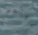
قوتهم